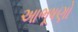
આભૂષણો